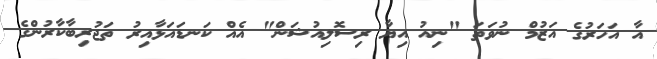
އާ އަހަރުގެ އަޒުމް ނުވަތަ "ނިއު އިޔާ ރިސޮލިއުޝަން" އެއް ކަނޑައަޅާއިރު ތަޖުރިބާކާރުންގެ